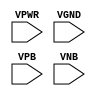
module sky130_fd_sc_hdll__tapvgnd2 (
    VPWR,
    VGND,
    VPB ,
    VNB
);

    input VPWR;
    input VGND;
    input VPB ;
    input VNB ;
endmodule